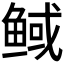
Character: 𮬟